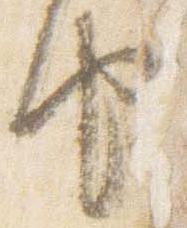
由